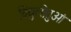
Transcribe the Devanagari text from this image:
विद्युत्सेतुओं